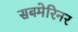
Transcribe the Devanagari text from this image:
सबमेरिनर